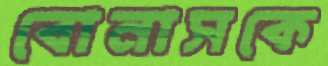
বোনাসকে